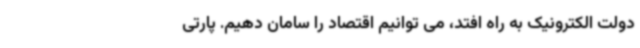
دولت الکترونیک به راه افتد، می توانیم اقتصاد را سامان دهیم. پارتی